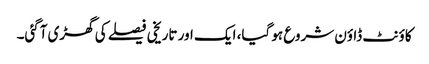
کاؤنٹ ڈاؤن شروع ہو گیا، ایک اور تاریخی فیصلے کی گھڑی آگئی۔